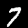
Label: 7